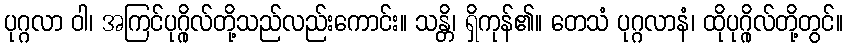
ပုဂ္ဂလာ ဝါ၊ အကြင်ပုဂ္ဂိုလ်တို့သည်လည်းကောင်း။ သန္တိ၊ ရှိကုန်၏။ တေသံ ပုဂ္ဂလာနံ၊ ထိုပုဂ္ဂိုလ်တို့တွင်။